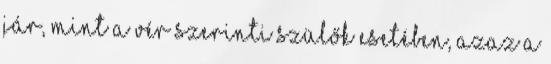
jár, mint a vér szerinti szülők esetében, azaz a